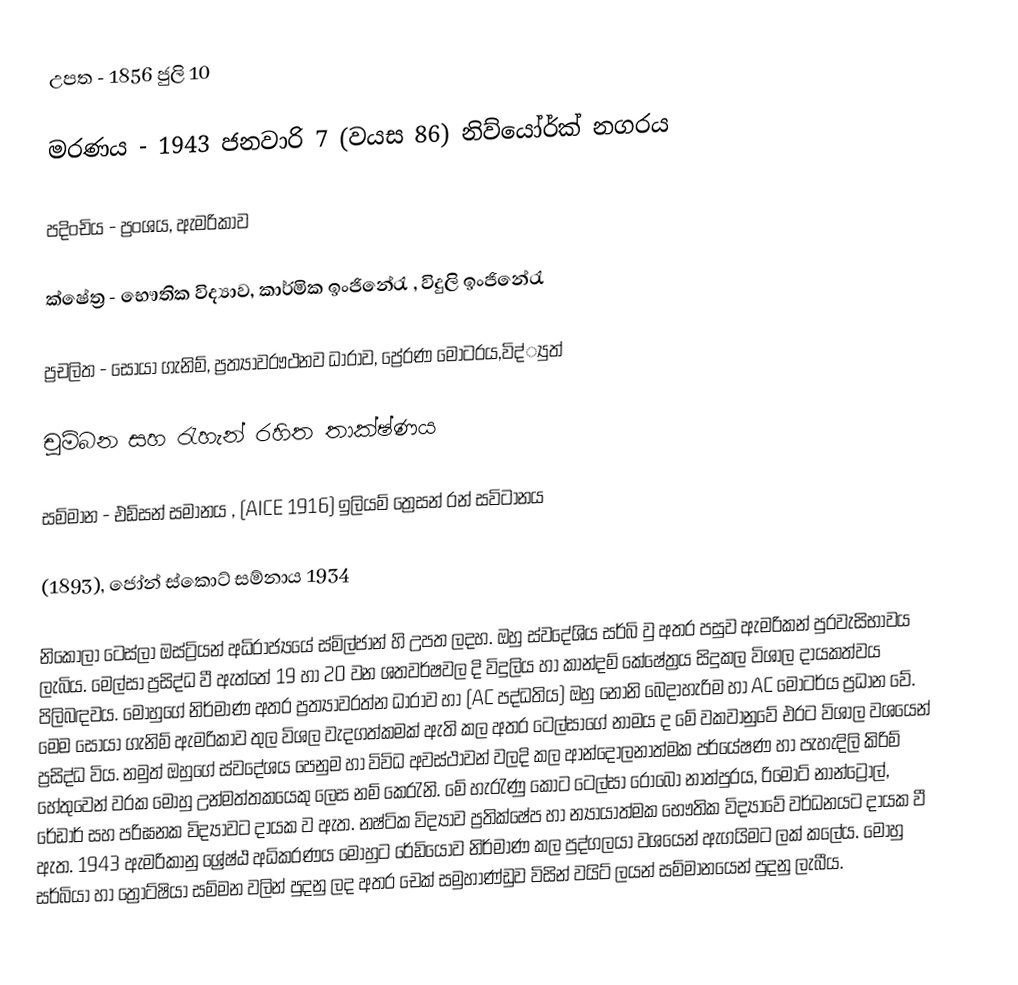
උපත 		- 	1856 ජුලි 10

මරණය		-	1943 ජනවාරි 7 (වයස 86) නිව්යෝර්ක් නගරය

පදිංචිය		-	ප්‍රංශය, ඇමරිකාව

ක්ෂේත්‍ර		-	භෞතික විද්‍යාව, කාර්මික ඉංජිනේරැ , විදුලි ඉංජිනේරැ

ප්‍රචලිත		-	සොයා ගැනිම්, ප්‍රත්‍යාවරෟථනව ධාරාව, ප්‍රේරණ මෝටරය,විද්්‍යුත්

චුම්බන සහ රැහැන් රහිත තාක්ෂ්ණය

සම්මාන	-	එඩ්සන් සමානය , (AICE 1916) ඉලියම් ත්‍රෙසන් රන් සවිටානය

(1893), ජෝන් ස්කොට් සම්නාය 1934

නිකොලා ටෙස්ලා ඔස්ට්‍රියන් අධිරාජ්‍යයේ ස්මිල්ජාන් හි උපත ලදහ. ඔහු ස්වදේශිය සර්බි වු අතර පසුව ඇමරිකන් පුරවැසිභාවය ලැබිය. මෙල්සා ප්‍රසිද්ධ වී ඇත්තේ 19 හා 20 වන ශතවර්ෂවල දි විදුලිය හා කාන්දම් කේෂේත්‍රය සිදුකල විශාල දායකත්වය පිලිබඳවය. මොහුගේ නිර්මාණ අතර ප්‍රත්‍යාවරත්න ධාරාව හා (AC පද්ධතිය) ඔහු නෝනි බෙදාහැරිම හා AC මෝටර්ය ප්‍රධාන වේ. මෙම සොයා ගැනිම් ඇමරිකාව තුල විශල වැදගත්කමක් ඇති කල අතර ටෙල්සාගේ නාමය ද මේ වකවානුවේ එරට විශාල වශයෙන් ප්‍රසිද්ධ විය. නමුත් ඔහුගේ ස්වදේශය පෙනුම හා විවිධ අවස්ථාවන් වලදි කල ආන්දෝලනාත්මක පර්යේෂණ හා පැහැදිලි කිරිම් හේතුවෙන් වරක මොහු උන්මත්තකයෙකු ලෙස නම් කෙරැනි. මේ හැරැණු කොට ටෙල්සා රොබෝ නාත්පුරය, රිමෝට් නාන්ට්‍රෝල්, රේඩාර් සහ පරිඝනක විද්‍යාවට දායක ව ඇත. නෂ්ටික විද්‍යාව ප්‍රතික්ෂේප හා න්‍යායාත්මක භෞතික විද්‍යාවේ වර්ධනයට දායක වී ඇත. 1943 ඇමරිකානු ශ්‍රේෂ්ඨ අධිකරණය මොහුට රේඩියෝව නිර්මාණ කල පුද්ගලයා වශයෙන් ඇගයිමට ලක් කලේය. මොහු සර්බියා හා ත්‍රෝට්ෂියා සම්මන වලින් පුදනු ලද අතර චෙක් සමුහාණ්ඩුව විසින් වයිට් ලයන් සම්මානයෙන් පුදනු ලැබීය.